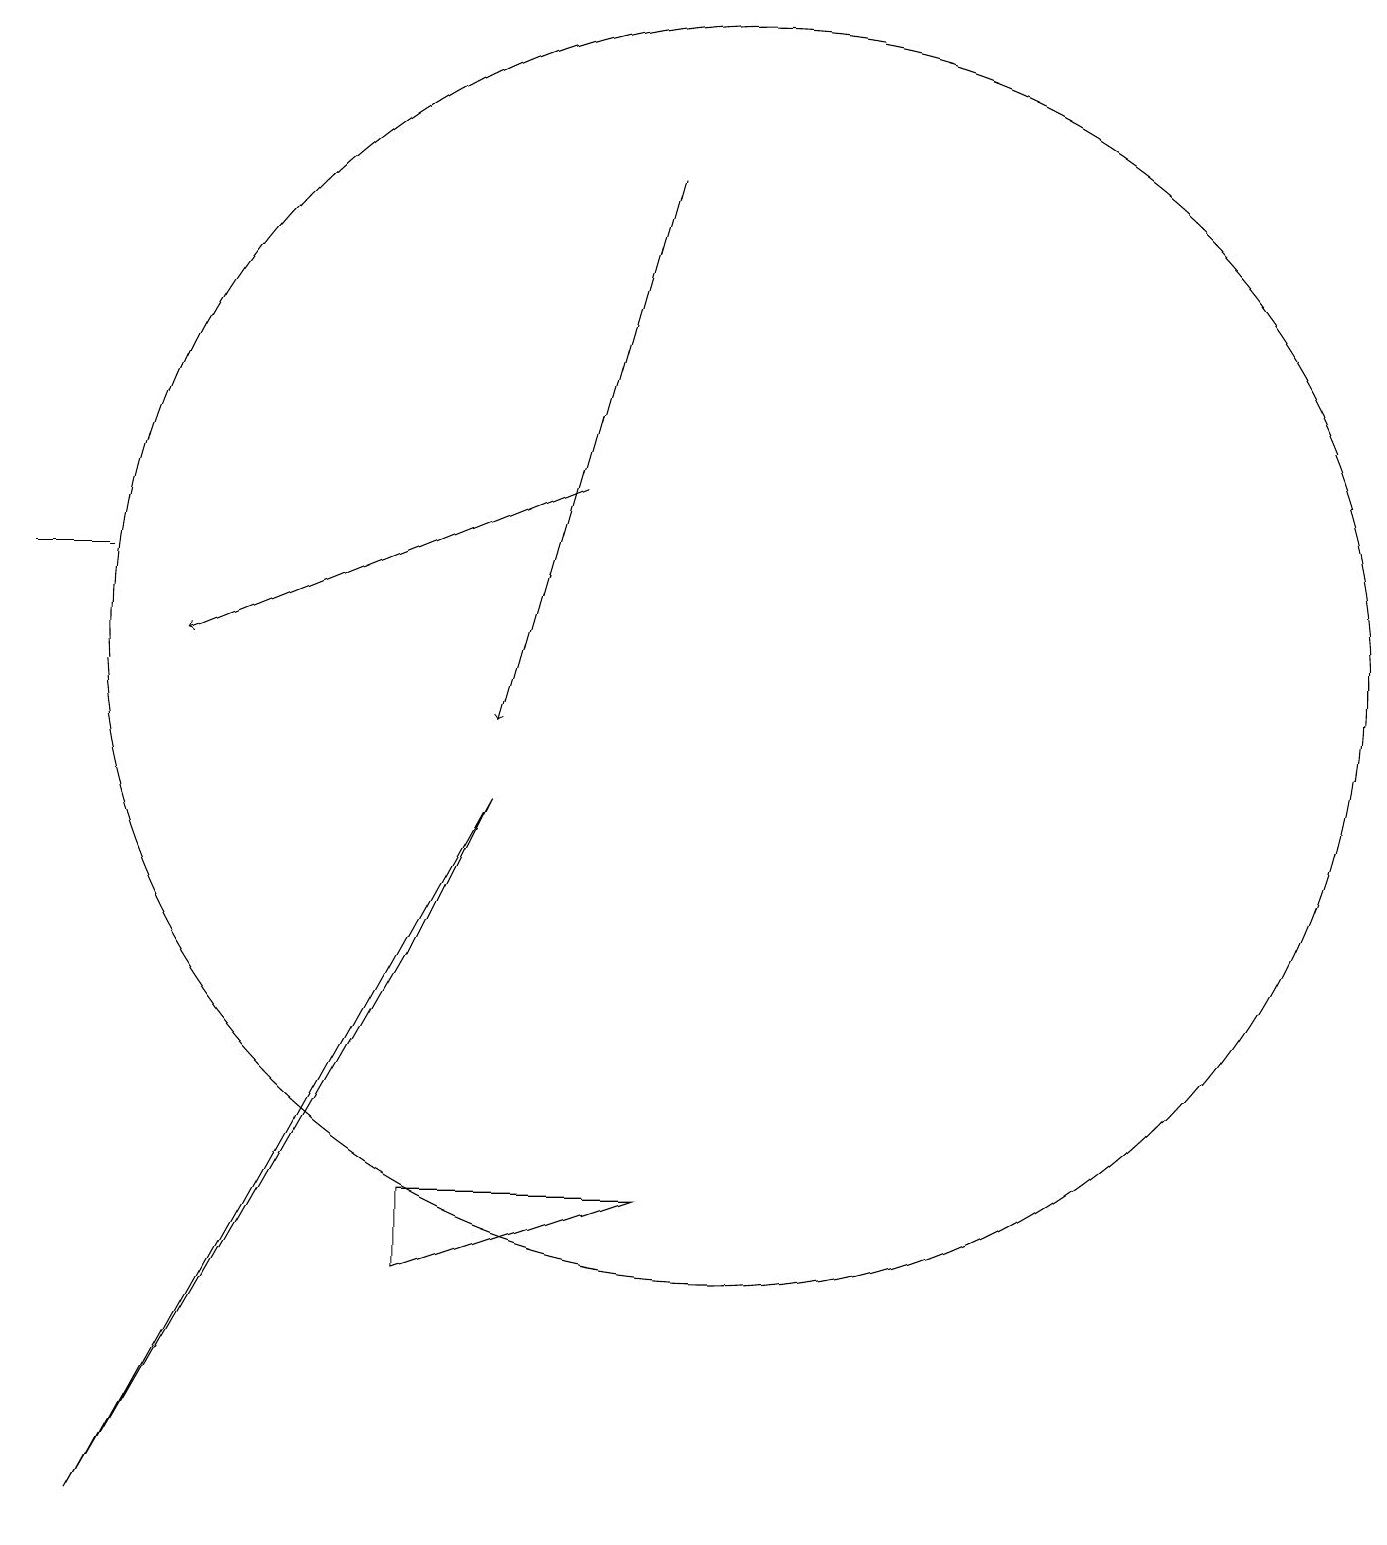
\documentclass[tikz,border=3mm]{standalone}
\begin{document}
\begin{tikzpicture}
\draw[->] (9,17) -- (7,10);
\draw (6,3) -- (9,4) -- (6,4) -- cycle;
\draw (1,12) rectangle (2,12);
\draw (2,0) -- (6,7) -- (7,9) -- cycle;
\draw[->] (8,13) -- (3,11);
\draw (10,11) circle (8);
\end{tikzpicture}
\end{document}